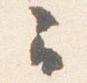
云